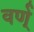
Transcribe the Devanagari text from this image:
वर्ण्